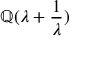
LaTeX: \mathbb { Q } ( \lambda + { \frac { 1 } { \lambda } } )